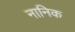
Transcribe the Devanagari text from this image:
नानिक